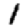
Digit: 1